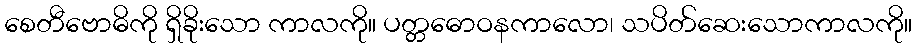
စေတီဗောဓိကို ရှိခိုးသော ကာလကို။ ပတ္တဓောဝနကာလော၊ သပိတ်ဆေးသောကာလကို။